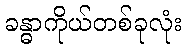
ခန္ဓာကိုယ်တစ်ခုလုံး